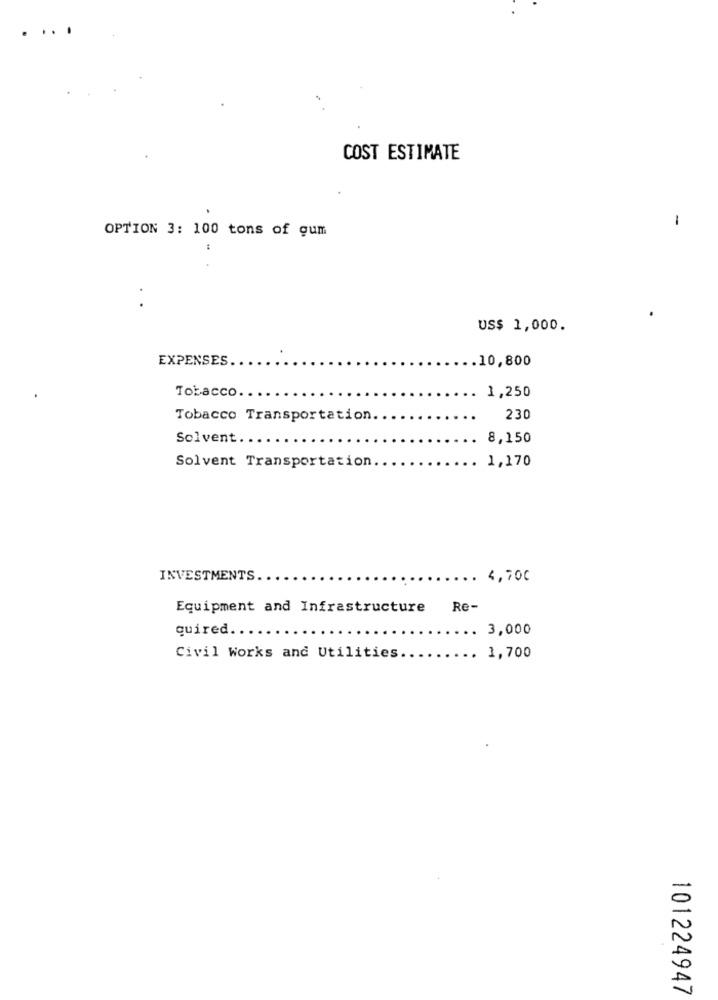
....
COST ESTIMATE
-
OPTION 3: 100 tons of gum
US$ 1,000.
EXPENSES.
.10,800
Tobacco.
1,250
Tobacco Transportation
230
Solvent ...
8,150
1,170
Solvent Transportation.
INVESTMENTS.
4,700
Equipment and Infrastructure
Re-
quired ...
. 3,000
Civil Works and Utilities.
1,700
101224947